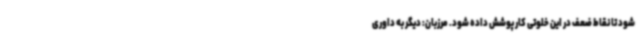
شود تا نقاط ضعف در این خلوتی کار پوشش داده شود. مرزبان: دیگر به داوری